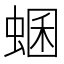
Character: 蜠